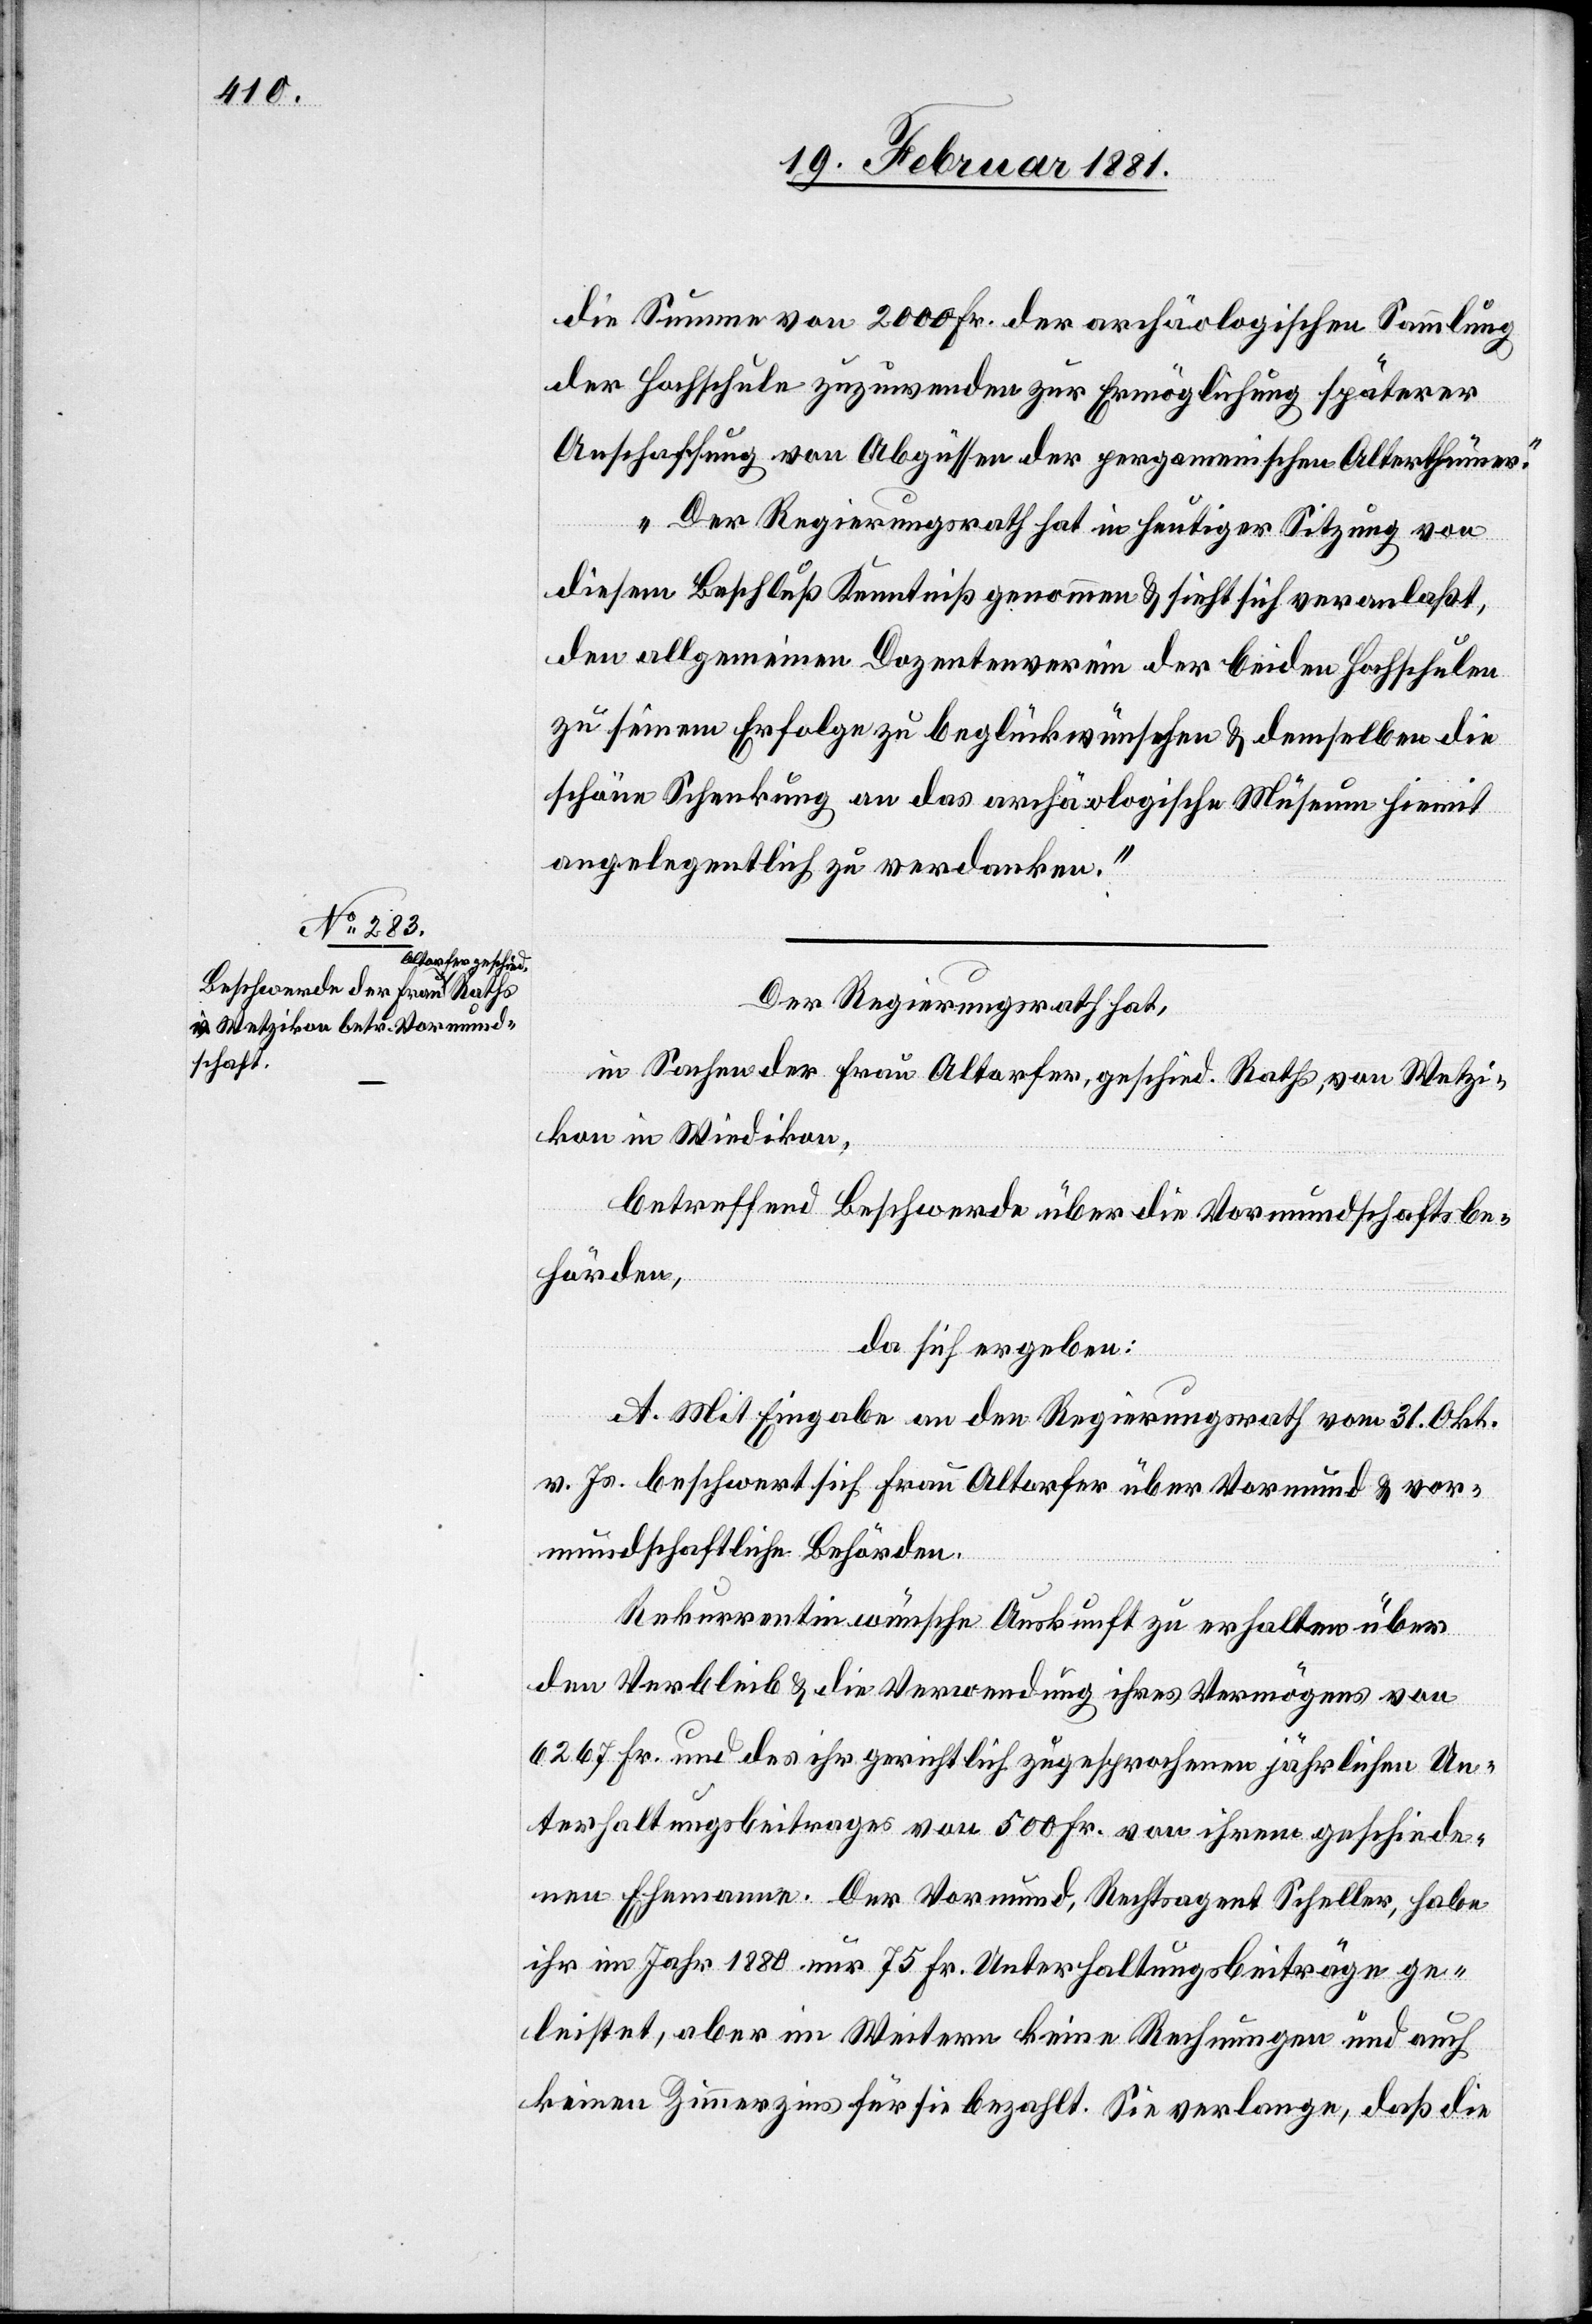
die Summe von 2000 Fr. der archäologischen Sammlung
der Hochschule zuzuwenden zur Ermöglichung späterer
Anschaffung von Abgüssen der pergamenischen Alterthümer.
Der Regierungsrath hat in heutiger Sitzung von
diesem Beschluß Kenntniß genommen & sieht sich veranlaßt,
den allgemeinen Dozentenverein der beiden Hochschulen
zu seinem Erfolge zu beglückwünschen & demselben die
schöne Schenkung an das archäologische Museum hiemit
angelegentlich zu verdanken.“
Der Regierungsrath,
in Sachen der Frau Altorfer, geschied. Raths, von Wetzi¬
kon in Wiedikon,
betreffend Beschwerde über die Vormundschaftsbe¬
hörden,
da sich ergeben:
A. Mit Eingabe an den Regierungsrath vom 31. Okt.
v. Js. beschwert sich Frau Altorfer über Vormund & vor¬
mundschaftliche Behörden.
Rekurrentin wünsche Auskunft zu erhalten über
den Verbleib & die Verwendung ihres Vermögens von
6267 Fr. und des ihr gerichtlich zugesprochenen jährlichen Un¬
terhaltungsbeitrages von 500 Fr. von ihrem geschiede¬
nen Ehemanne. Der Vormund, Rechtsagent Scheller, habe
ihr im Jahr 1880 nur 75 Fr. Unterhaltungsbeiträge ge¬
leistet, aber im Weitern keine Rechnungen und auch
keinen Zinseszins für sie bezahlt. Sie verlange, daß die